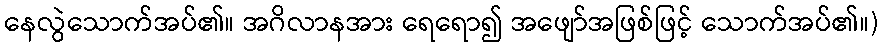
နေလွဲသောက်အပ်၏။ အဂိလာနအား ရေရော၍ အဖျော်အဖြစ်ဖြင့် သောက်အပ်၏။)